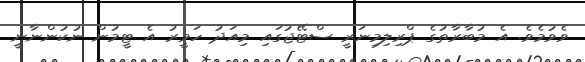
ވެވުމެވެ. އެ މުބާރާތުގެ ޕްރިލިމިނަރީ ސްޓޭޖުގައި މިއަދު ހަވީރު އެ ޓީމުން ނުކުންނާނީ